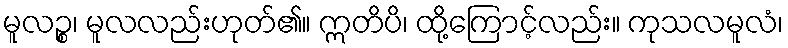
မူလဉ္စ၊ မူလလည်းဟုတ်၏။ ဣတိပိ၊ ထို့ကြောင့်လည်း။ ကုသလမူလံ၊